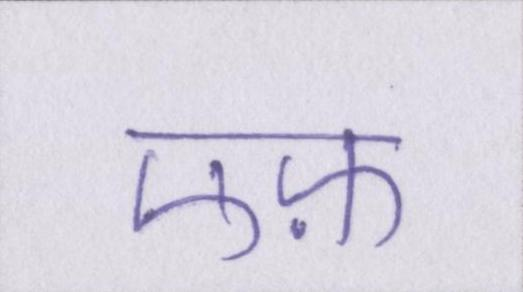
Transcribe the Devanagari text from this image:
एफ़